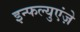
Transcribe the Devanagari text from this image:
इन्फल्युएंज़े